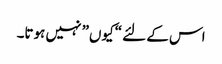
اس کے لئے “کیوں” نہیں ہوتا۔